Report of an investigation of the epidemic of malarial fever in Assam, or, kala-azar
Disease focus: Malaria
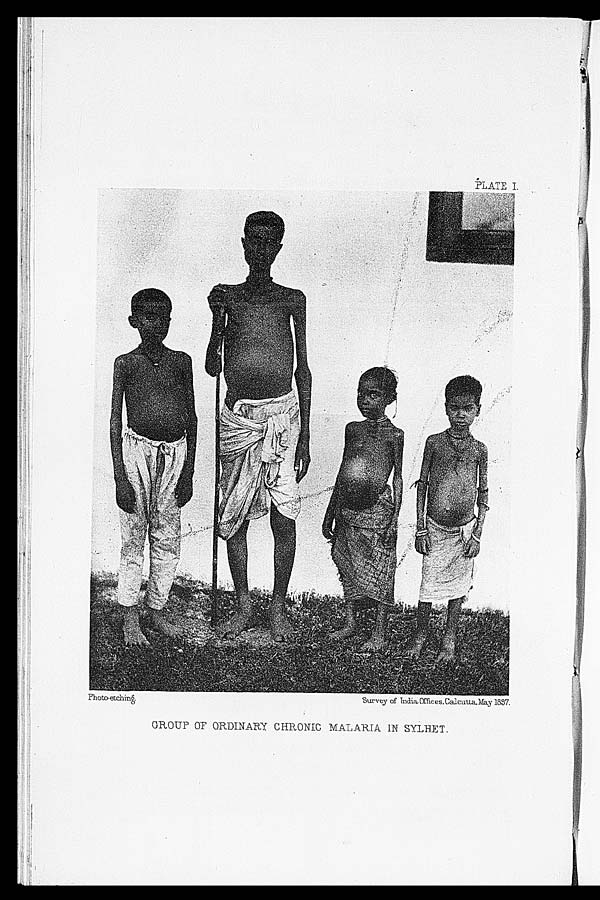
PLATE I.
Photo-etching. Survey of India. Offices, Calcutta, May 1897
GROUP OF ORDINARY CHRONIC MALARIA IN SYLHET.